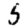
Digit: 5